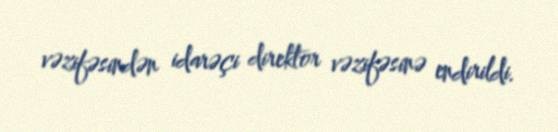
vəzifəsindən idarəçi direktor vəzifəsinə endirildi.